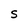
Character: S